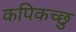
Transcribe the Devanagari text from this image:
कपिकच्छु